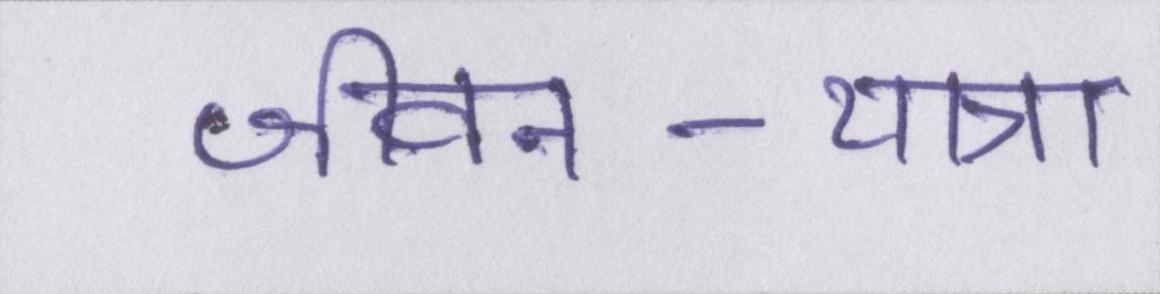
जीवन-यात्रा